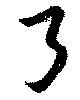
弓